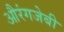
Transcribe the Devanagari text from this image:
औरंगजेबी